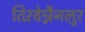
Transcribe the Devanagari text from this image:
तिरॅवेन्नैनलुर